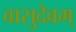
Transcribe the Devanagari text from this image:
वासुदेवम्